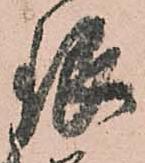
銀